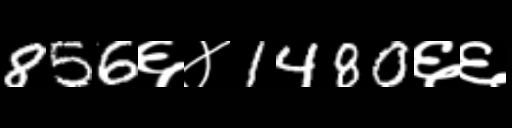
Text: 856६४1480६६